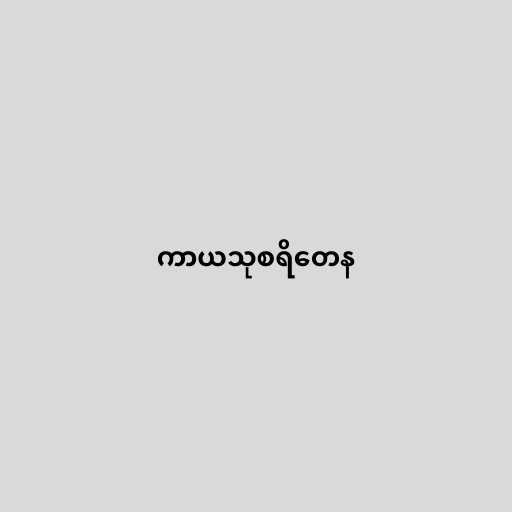
ကာယသုစရိတေန